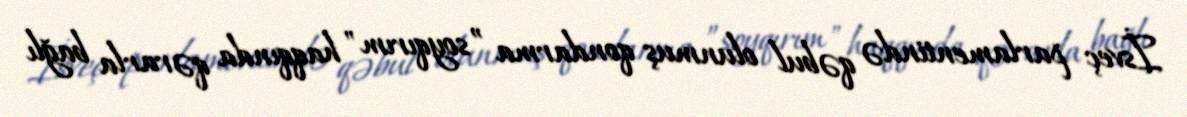
İsveç parlamentində qəbul olunmuş qondarma ”soyqırım" haqqında qərarla bağlı